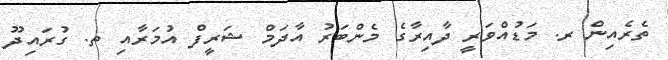
ތެރެއިން ރ. މަޑުއްވަރީ ދާއިރާގެ މެންބަރު އާދަމް ޝަރީފް އުމަރާއި ތ. ގުރައިދޫ